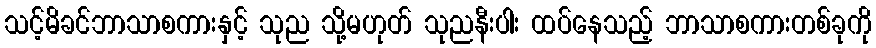
သင့်မိခင်ဘာသာစကားနှင့် သုည သို့မဟုတ် သုညနီးပါး ထပ်နေသည့် ဘာသာစကားတစ်ခုကို